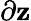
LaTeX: \partial\mathbf{z}